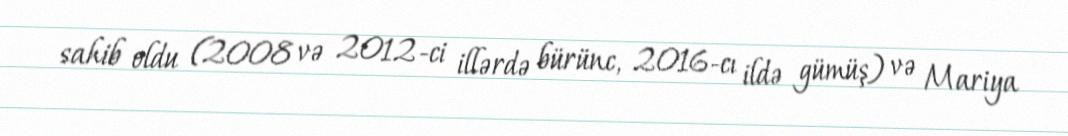
sahib oldu (2008 və 2012-ci illərdə bürünc, 2016-cı ildə gümüş) və Mariya